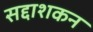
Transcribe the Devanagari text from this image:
सद्दाशकन